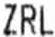
ZRL